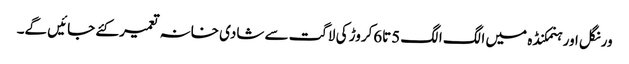
ورنگل اور ہنمکنڈہ میں الگ الگ 5تا6کروڑ کی لاگت سے شادی خانہ تعمیر کئے جائیں گے۔